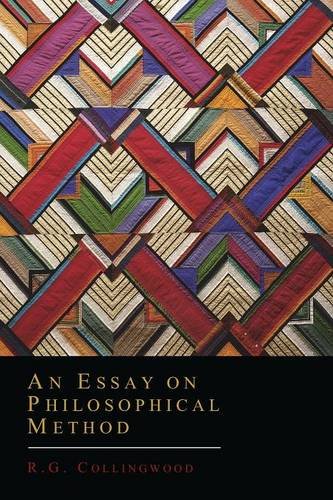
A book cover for An Essay on Philosophical Method; R. G. Collingwood; Politics & Social Sciences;